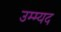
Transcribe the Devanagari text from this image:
उम्म्यद